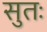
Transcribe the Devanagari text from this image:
सुतः